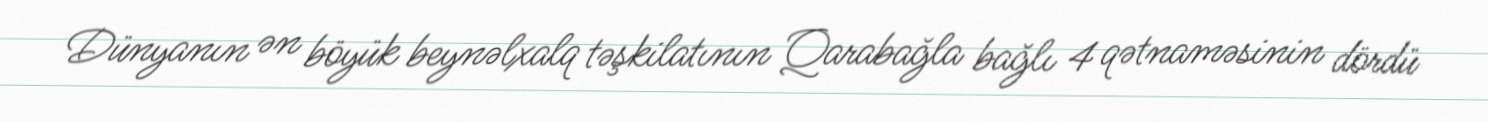
Dünyanın ən böyük beynəlxalq təşkilatının Qarabağla bağlı 4 qətnaməsinin dördü